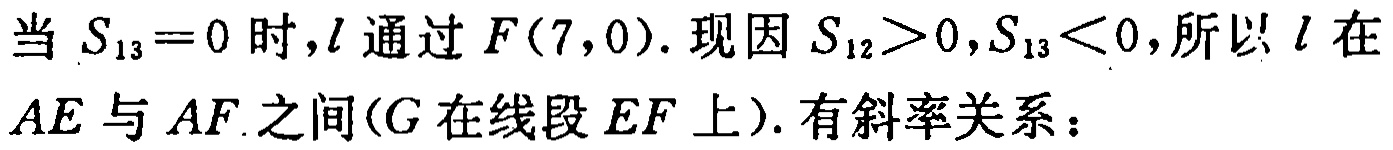
当 \(S_{13}=0\) 时，\(l\) 通过 \(F(7,0)\). 现因 \(S_{12}>0,S_{13}<0\)，所以 \(l\) 在 \(AE\) 与 \(AF\) 之间(\(G\) 在线段 \(EF\) 上). 有斜率关系：